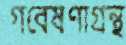
গবেষণাগ্রন্থ